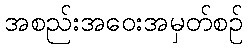
အစည်းအဝေးအမှတ်စဉ်